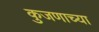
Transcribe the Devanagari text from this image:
कुजणाच्या